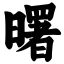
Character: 曙